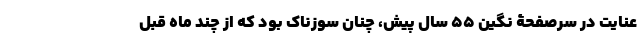
عنایت در سرصفحۀ نگین 55 سال پیش، چنان سوزناک بود که از چند ماه قبل